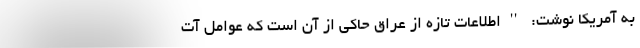
به آمریکا نوشت: ''اطلاعات تازه از عراق حاکی از آن است که عوامل آت